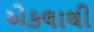
એકલાથી